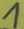
Text: 1